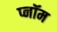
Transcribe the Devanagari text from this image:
प्नॉम